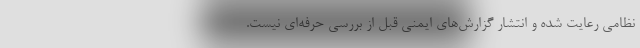
نظامی رعایت شده و انتشار گزارش‌های ایمنی قبل از بررسی حرفه‌ای نیست.